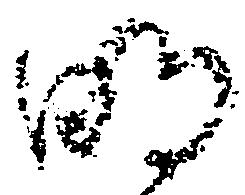
明